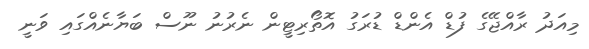
މިއަދު ރާއްޖޭގެ ފުޑް އެންޑް ޑުރަގު އޮތޯރިޓީން ނެރުނު ނޫސް ބަޔާނެއްގައި ވަނީ